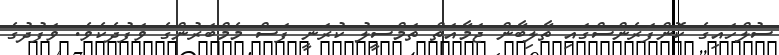
ސުލްހައިގެ ކޮންފަރެންސްގައި ތާލިބާން ޖަމާއަތް ތަމްސީލު ކުރަނީ ފަސް މެމްބަރުންގެ ވަފުދެކެވެ. ވަފުދުގެ